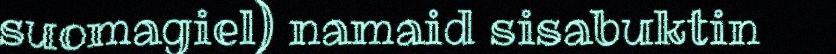
suomagiel) namaid sisabuktin